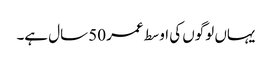
یہاں لوگوں کی اوسط عمر 50 سال ہے۔